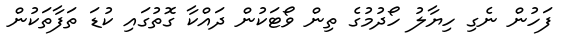
ފަހުން ނެގި ހިޔާލު ހޯދުމުގެ ތިން ވޯޓަކުން ދައްކާ ގޮތުގައި ކުޑަ ތަފާތަކުން